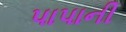
પાપાની